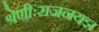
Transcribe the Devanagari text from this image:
श्रेणीःराजनयज्ञ